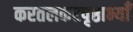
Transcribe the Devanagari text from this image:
करतलकरपृष्ठाभ्याँ